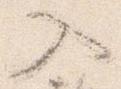
入